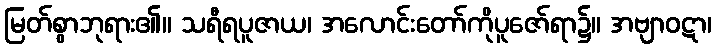
မြတ်စွာဘုရား၏။ သရီရပူဇာယ၊ အလောင်းတော်ကိုပူဇော်ရာ၌။ အဗျာဝဋာ၊